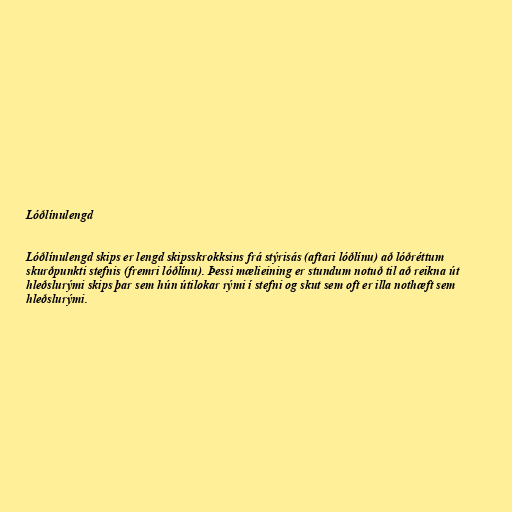
Lóðlínulengd

Lóðlínulengd skips er lengd skipsskrokksins frá stýrisás (aftari lóðlínu) að lóðréttum
skurðpunkti stefnis (fremri lóðlínu). Þessi mælieining er stundum notuð til að reikna út
hleðslurými skips þar sem hún útilokar rými í stefni og skut sem oft er illa nothæft sem
hleðslurými.